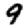
Digit: 9